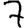
Digit: 7